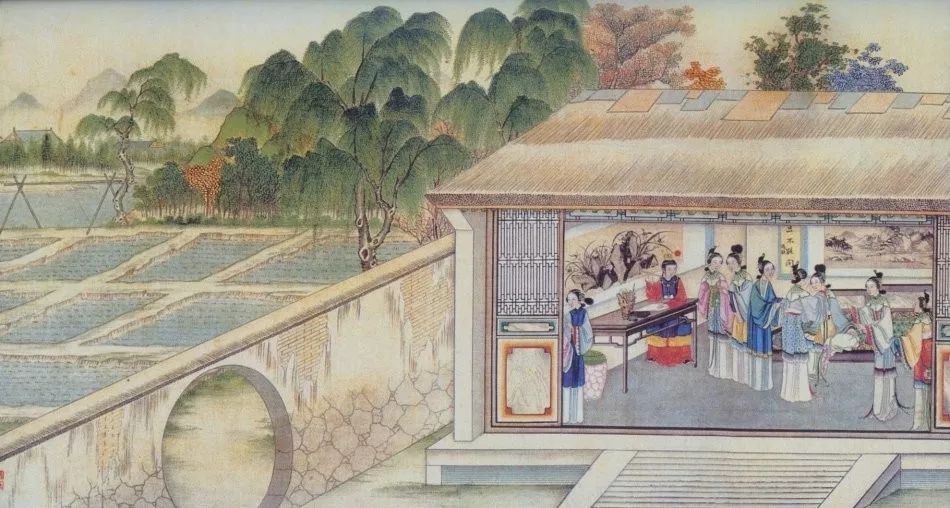
一畦春韭绿，十里稻花香。